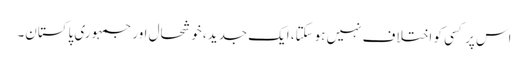
اس پر کسی کو اختلاف نہیں ہوسکتا، ایک جدید، خوشحال اور جمہوری پاکستان۔